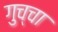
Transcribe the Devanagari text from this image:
गुच्चा